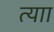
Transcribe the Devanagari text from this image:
त्याा